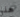
هذا